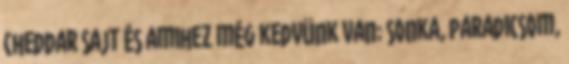
cheddar sajt és amihez még kedvünk van: sonka, paradicsom,